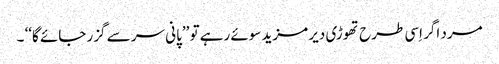
مرد اگر اِسی طرح تھوڑی دیر مزید سوئے رہے تو ’’پانی سر سے گزر جائے گا‘‘ ۔